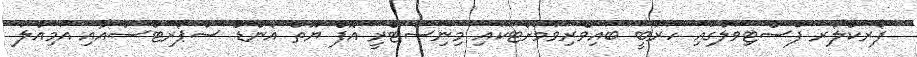
ފޯރކްލޯރ ފެސްޓިވަލްގައި ހަރުބީ ބައިވެރިވުމަށްޓަކައި މިނިސްޓްރީ އޮފް ޔޫތް އެންޑް ސްޕޯރޓްސްއާއި އަމިއްލަ